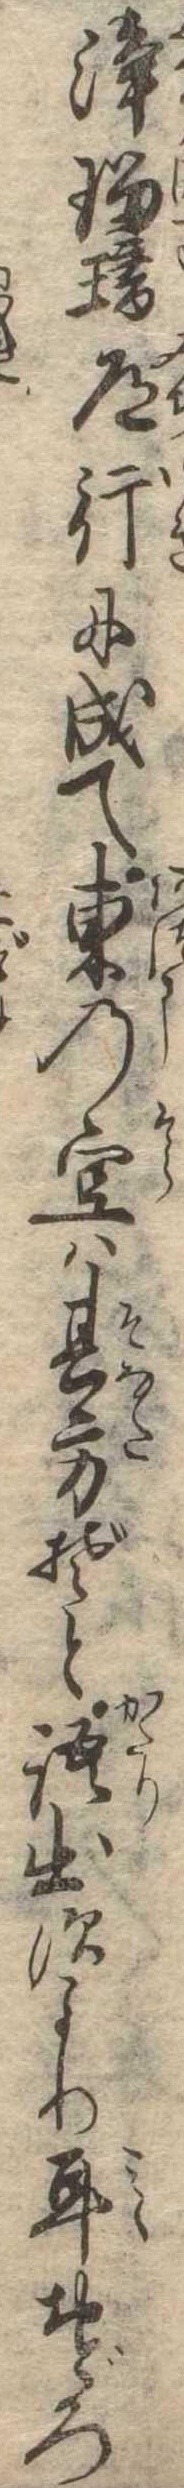
浄瑠璃道行に成て東の空は其方ぞと語出すより耳おどろ